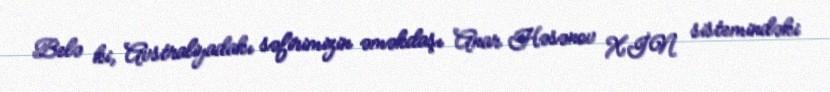
Belə ki, Avstraliyadakı səfirimizin əməkdaşı Anar Həsənov XİN sistemindəki